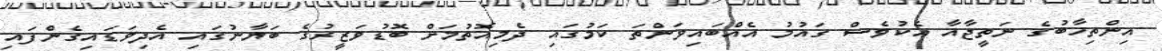
އިންތިޚާބުގެ ނަތީޖާއާ އެކުވެސް ގައުމު އެއްބައިވަންތަ ކަމުގައި ދެމިއޮތުމަށް ބޮޑުވަޒީރުގެ ބަޔާނުގައި އެދިވަޑައިގެންފައި